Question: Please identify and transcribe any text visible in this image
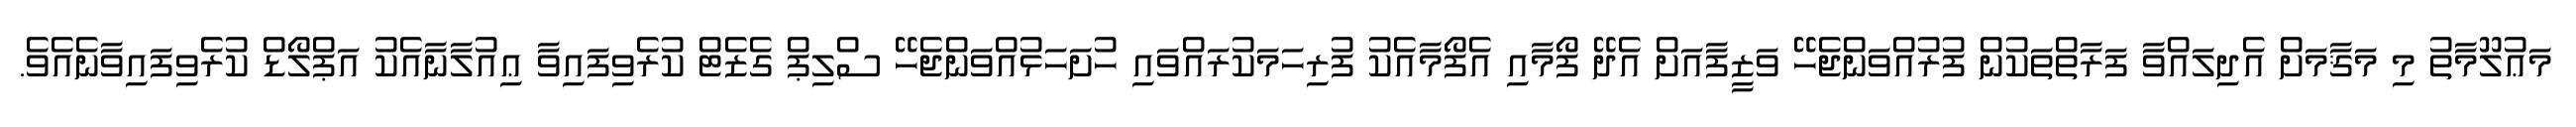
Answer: މަޢުލޫމާތު މި މަޤާމަށް އެދިލައްވާ ފަރާތްތަކުން ފުރުއްވަންޖެހޭ ވަޒީފާއަށް އެދޭ ފޯމާއި އެފޯމާއެކު ފުރިހަމަކުރައްވައި ހުށަހަޅުއްވަންޖެހޭ ސްލިޕް ގެޒެޓް ކުރެވިފައިވާ ޢިއުލާނާއެކު އަޕްލޯޑް ކުރެވިފައިވާނެއެވެ.